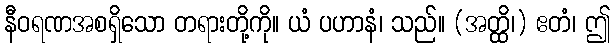
နီဝရဏအစရှိသော တရားတို့ကို။ ယံ ပဟာနံ၊ သည်။ (အတ္ထိ၊) ဧတံ၊ ဤ